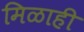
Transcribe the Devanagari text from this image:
मिळाही